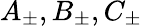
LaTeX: A_{\pm},B_{\pm},C_{\pm}